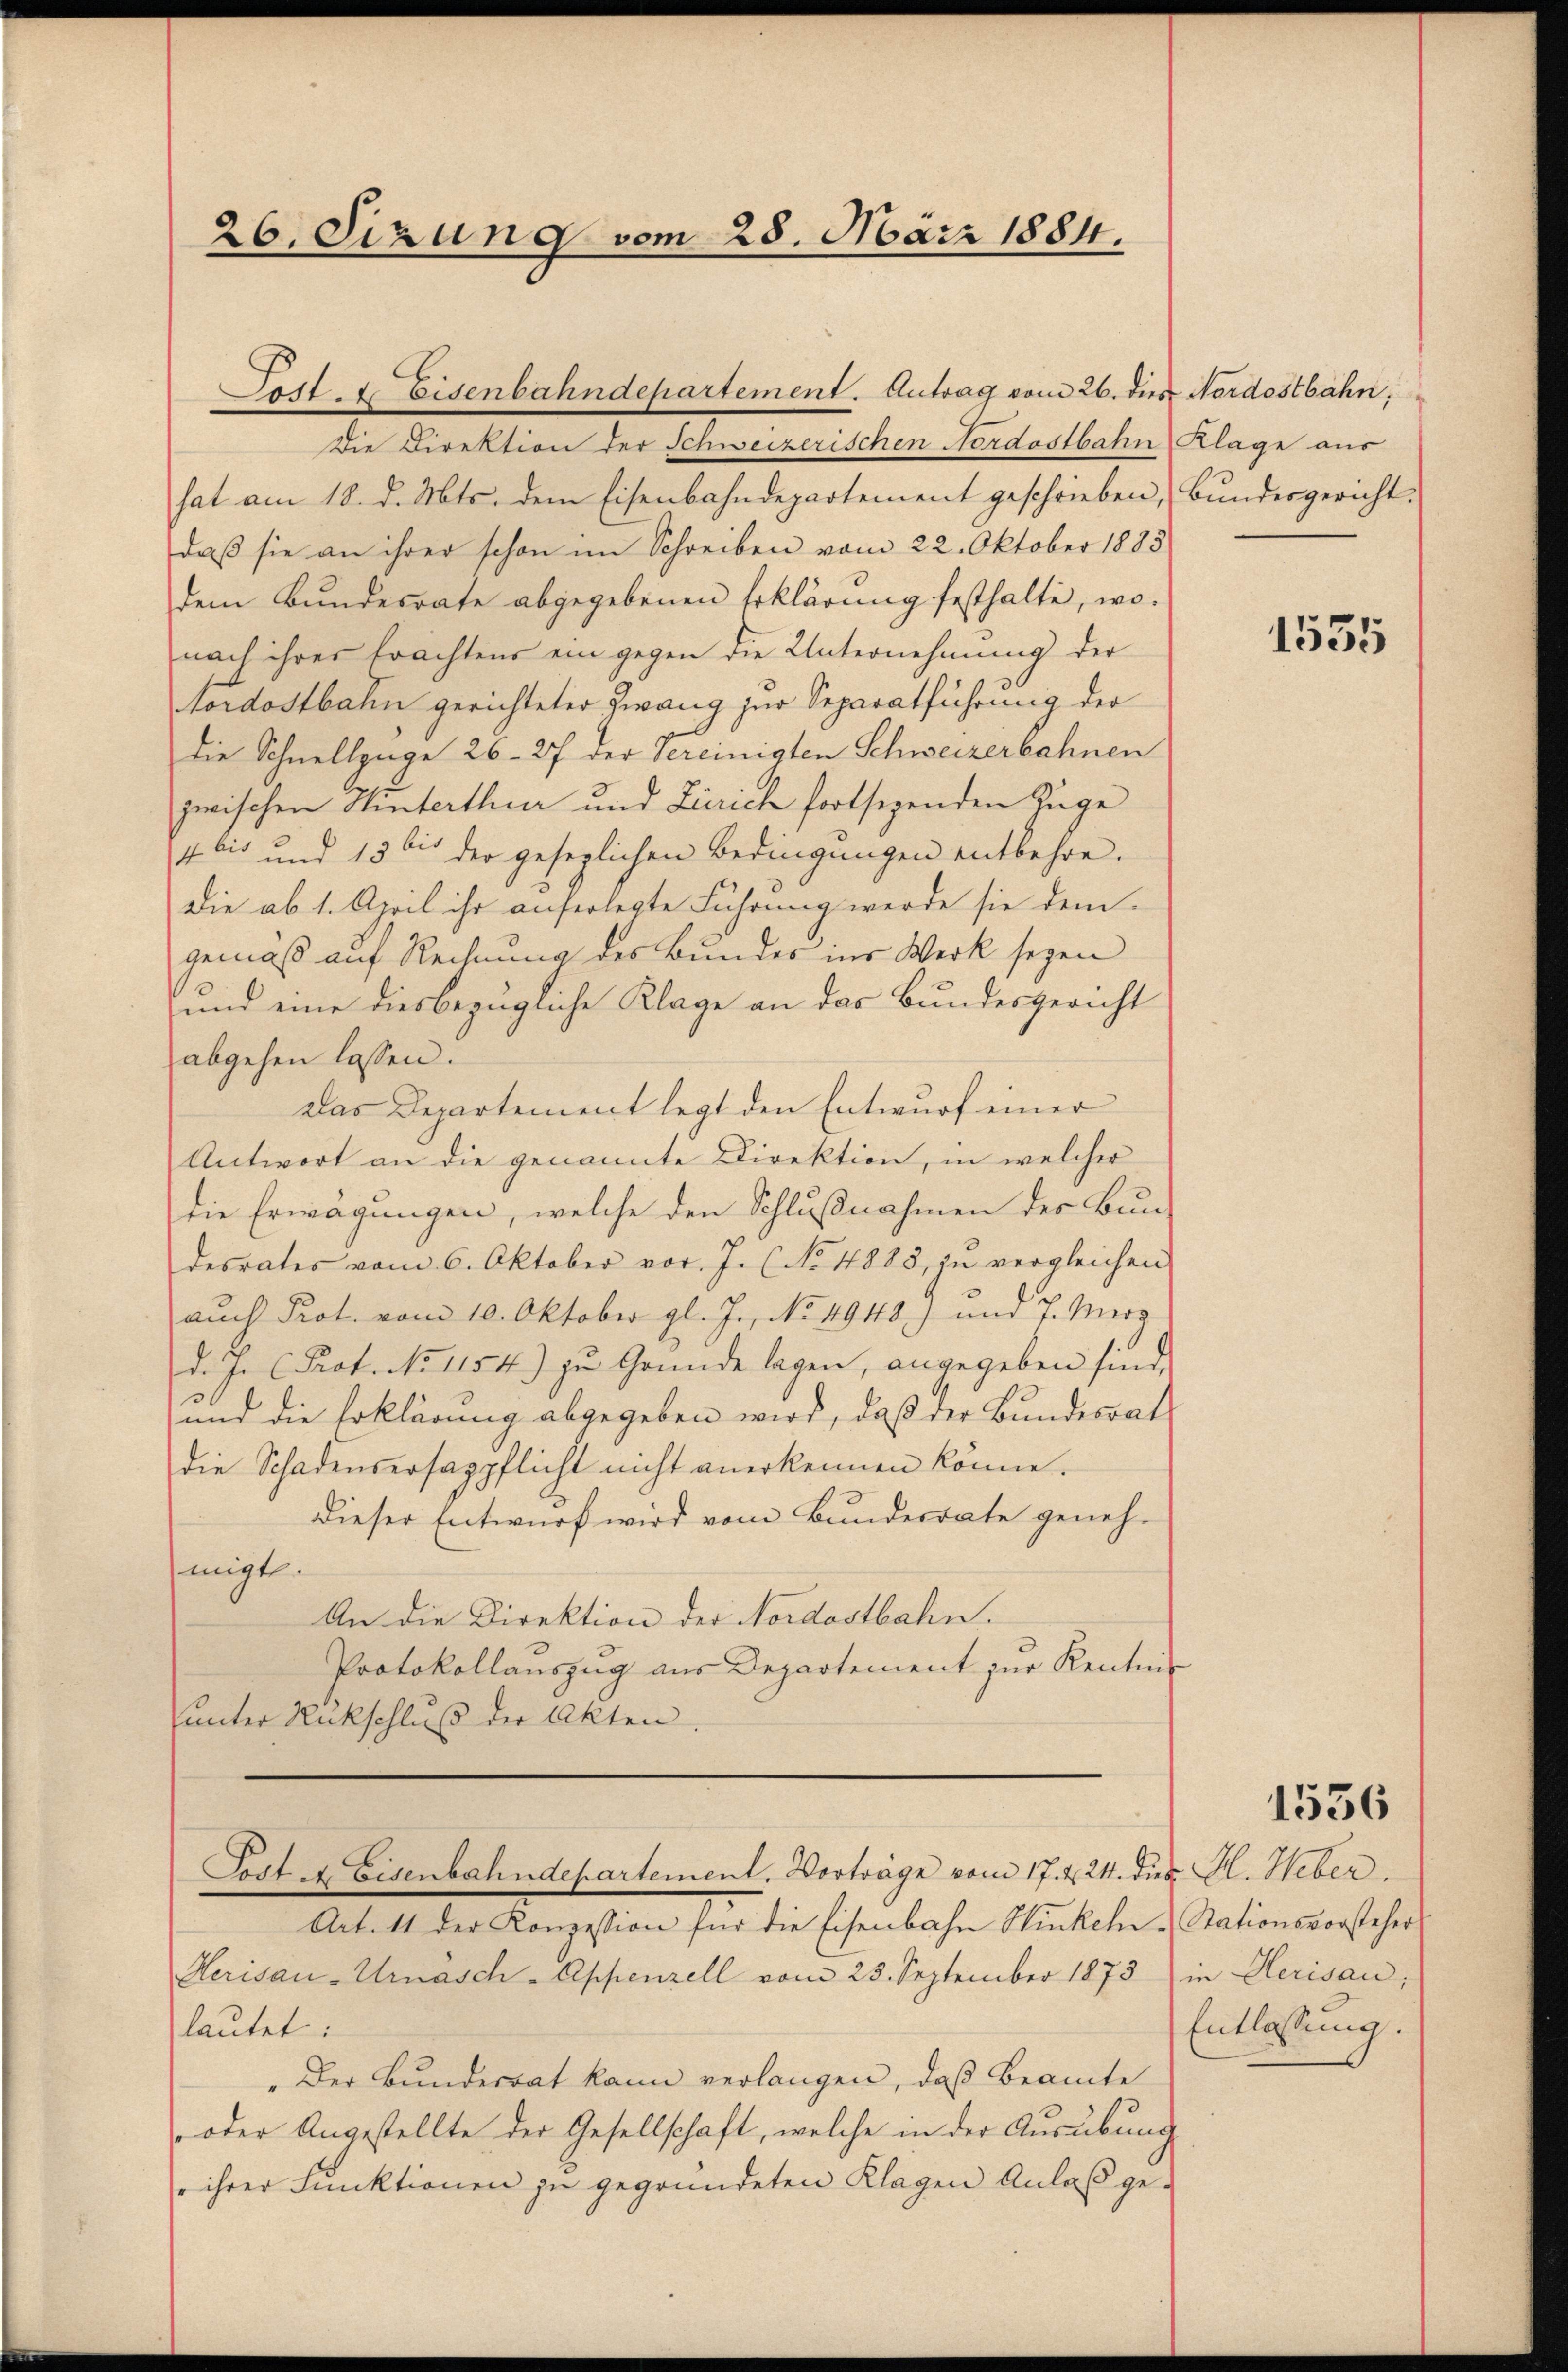
26. Sizung vom 28. März 1884.

Post- & Eisenbahndepartement. Antrag vom 26. des Nordostbahn,

Die Direktion der Schweizerischen Nordostbahn Klage aus
hat am 18. d. Mts. dem Eisenbahndepartement geschrieben, Bundesgericht.
daß sie an ihrer schon im Schreiben vom 22. Oktober 1883
dem Bundesrate abgegebenen Erklärung festhalte, wonach ihres Erachtens ein gegen die Unternehmung der
Nordostbahn gerichteter Zwang zur Separatführung der
die Schnellzüge 26-27 der Vereinigten Schweizerbahnen
zwischen Hinterthur und Zürich fortsegenden Zuge
4 bis und 13 bis der gesezlichen Bedingungen entbehre.
die ab 1. April ihr auferlegte Führung werde sie dem-
gemäß auf Rechnung des Bundes ins Werk seyen
und eine diesbezügliche Klage an das Bundesgericht
abgehen lassen.
Das Departement legt den Entwurf einer
Antwort an die genannte Direktion, in welcher
die Erwägungen, welche den Schlußnahmen des Bundesrates vom 6. Oktober vor. J. (No 4888, zŭ vergleichen
aŭch Prot. vom 10. Oktober gl. J., No. 1948) und 7. Merz
d. J. Prof. No 1154) zu Gründe lagen, angegeben sind,
und die Erklärung abgegeben wird, daß der Bundesrat
die Schadensersagpflicht nicht anerkennen könne.
dieser Entwurf wird vom Bundesrate geneh-
migt.
An die Direktion der Nordostbahn.
Protokollauszug aus Departement zur Kenntnis
unter Rückschluß der Akten.

Post 4. Eisenbahndepartement. Vorträge vom 17. & 24. dies H. Weber.

Art. 11 der Konzession für die Eisenbahn Stückeln -Stationsvorsteher
Herisau-Urnasch-Appenzell vom 23. September 1873 in Herisau;
lautet:
"Der Bunderrat kann verlangen, daß Beamte
 oder Angestellte der Gesellschaft, welche in der Ausübung
ihrer Funktionen zu gegründeten Klagen Anlaß ge¬

1535

1536

Entlassung.